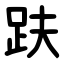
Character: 趺